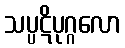
သပ္ပဋိပုဂ္ဂလော